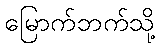
မြောက်ဘက်သို့